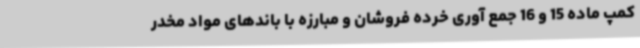
کمپ ماده 15 و 16 جمع آوری خرده فروشان و مبارزه با باندهای مواد مخدر